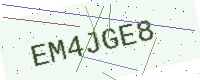
Text: EM4JGE8